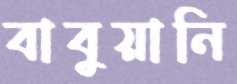
বাবুয়ানি